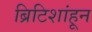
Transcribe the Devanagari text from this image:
ब्रिटिशांहून